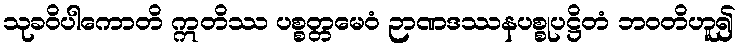
သုခဝိပါကောတိ ဣတိဿ ပစ္စတ္တမေဝံ ဉာဏဒဿနပစ္စုပဋ္ဌိတံ ဘဝတိဟူ၍